Annual returns of the Patna Lunatic Asylum at Bankipore in Bihar and Orissa - 1912-1924
Year: 1912
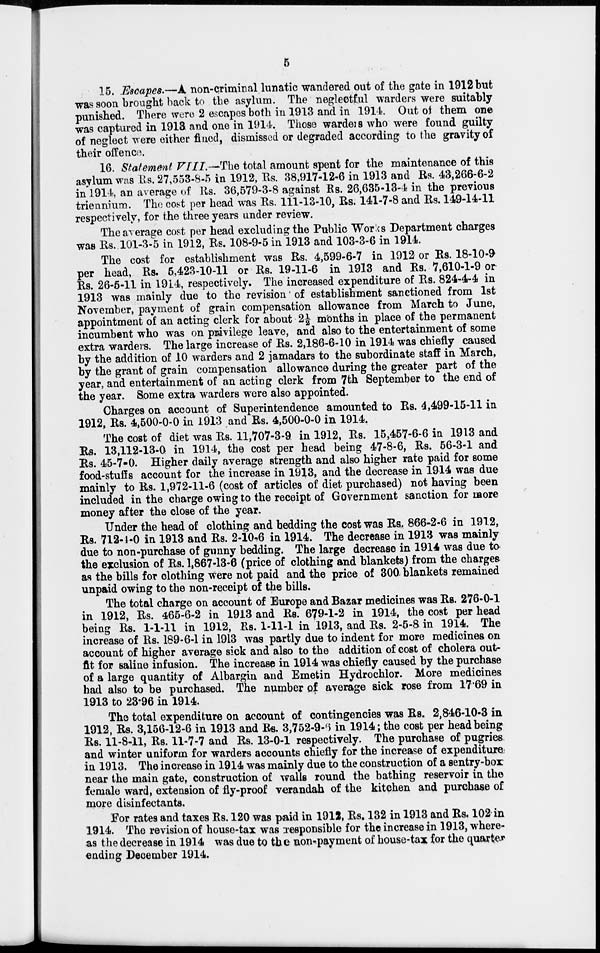
5
15. Escapes.—A non-criminal lunatic wandered out of the gate in 1912 but
was soon brought back to the asylum. The neglectful warders were suitably
punished. There were 2 escapes both in 1913 and in 1914. Out of them one
was captured in 1913 and one in 1914. Those warders who were found guilty
of neglect were either fined, dismissed or degraded according to the gravity of
their offence.
16. Statement VIII.—The total amount spent for the maintenance of this
asylum was Rs. 27,553-8-5 in 1912, Rs. 38,917-12-6 in 1913 and Rs. 43,266-6-2
in 1914, an average of Rs. 36,579-3-8 against Rs. 26,635-13-4 in the previous
triennium. The cost per head was Rs. 111-13-10, Rs. 141-7-8 and Rs. 149-14-11
respectively, for the three years under review.
The average cost per head excluding the Public Works Department charges
was Rs. 101-3-5 in 1912, Rs. 108-9-5 in 1913 and 103-3-6 in 1914.
The cost for establishment was Rs. 4,599-6-7 in 1912 or Rs. 18-10-9
per head, Rs. 5,423-10-11 or Rs. 19-11-6 in 1913 and Rs. 7,610-1-9 or
Rs. 26-5-11 in 1914, respectively. The increased expenditure of Rs. 824-4-4 in
1913 was mainly due to the revision of establishment sanctioned from 1st
November, payment of grain compensation allowance from March to June,
appointment of an acting clerk for about 2½ months in place of the permanent
incumbent who was on privilege leave, and also to the entertainment of some
extra warders. The large increase of Rs. 2,186-6-10 in 1914 was chiefly caused
by the addition of 10 warders and 2 jamadars to the subordinate staff in March,
by the grant of grain compensation allowance during the greater part of the
year, and entertainment of an acting clerk from 7th September to the end of
the year. Some extra warders were also appointed.
Charges on account of Superintendence amounted to Rs. 4,499-15-11 in
1912, Rs. 4,500-0-0 in 1913 and Rs. 4,500-0-0 in 1914.
The cost of diet was Rs. 11,707-3-9 in 1912, Rs. 15,457-6-6 in 1913 and
Rs. 13,112-13-0 in 1914, the cost per head being 47-8-6, Rs. 56-3-1 and
Rs. 45-7-0. Higher daily average strength and also higher rate paid for some
food-stuffs account for the increase in 1913, and the decrease in 1914 was due
mainly to Rs. 1,972-11-6 (cost of articles of diet purchased) not having been
included in the charge owing to the receipt of Government sanction for more
money after the close of the year.
Under the head of clothing and bedding the cost was Rs. 866-2-6 in 1912,
Rs. 712-4-0 in 1913 and Rs. 2-10-6 in 1914. The decrease in 1913 was mainly
due to non-purchase of gunny bedding. The large decrease in 1914 was due to
the exclusion of Rs. 1,867-13-6 (price of clothing and blankets) from the charges
as the bills for clothing were not paid and the price of 300 blankets remained
unpaid owing to the non-receipt of the bills.
The total charge on account of Europe and Bazar medicines was Rs. 276-0-1
in 1912, Rs. 465-6-2 in 1913 and Rs. 679-1-2 in 1914, the cost per head
being Rs. 1-1-11 in 1912, Rs. 1-11-1 in 1913, and Rs. 2-5-8 in 1914. The
increase of Rs. 189-6-1 in 1913 was partly due to indent for more medicines on
account of higher average sick and also to the addition of cost of cholera out-
fit for saline infusion. The increase in 1914 was chiefly caused by the purchase
of a large quantity of Albargin and Emetin Hydrochlor. More medicines
had also to be purchased. The number of average sick rose from 17.69 in
1913 to 23.96 in 1914.
The total expenditure on account of contingencies was Rs. 2,846-10-3 in
1912, Rs. 3,156-12-6 in 1913 and Rs. 3,752-9-6 in 1914; the cost per head being
Rs. 11-8-11, Rs. 11-7-7 and Rs. 13-0-1 respectively. The purchase of pugries
and winter uniform for warders accounts chiefly for the increase of expenditure
in 1913. The increase in 1914 was mainly due to the construction of a sentry-box
near the main gate, construction of walls round the bathing reservoir in the
female ward, extension of fly-proof verandah of the kitchen and purchase of
more disinfectants.
For rates and taxes Rs. 120 was paid in 1912, Rs. 132 in 1913 and Rs. 102 in
1914. The revision of house-tax was responsible for the increase in 1913, where-
as the decrease in 1914 was due to the non-payment of house-tax for the quarter
ending December 1914.